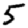
Digit: 5